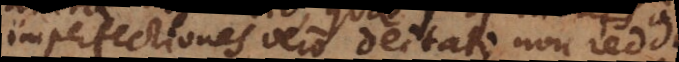
imperfectiones vero deitati non reddit.